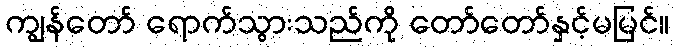
ကျွန်တော် ရောက်သွားသည်ကို တော်တော်နှင့်မမြင်။